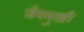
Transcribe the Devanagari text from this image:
जैनमुखी